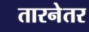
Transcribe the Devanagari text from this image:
तारनेतर